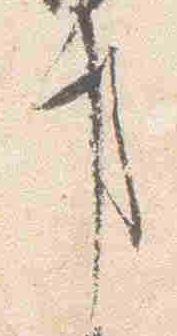
事